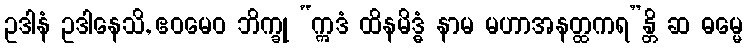
ဥဒါနံ ဥဒါနေသိ, ဧဝမေဝ ဘိက္ခု “ဣဒံ ထိနမိဒ္ဓံ နာမ မဟာအနတ္ထကရ”န္တိ ဆ ဓမ္မေ